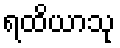
ရထိယာသု